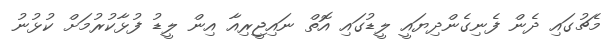
މެޗުގައި ދެން ފެނިގެންދިޔައީ ލީޑުގައި އޮތް ނައިޖީރިއާ އިން ލީޑު ފުޅާކުރުމަށް ކުޅުނު